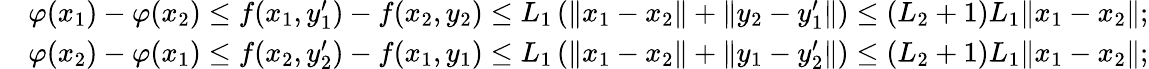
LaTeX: \begin{array}{rl}&{\varphi(x_{1})-\varphi(x_{2})\le f(x_{1},y_{1}^{\prime})-f(x_{2},y_{2})\le L_{1}\left(\| x_{1}-x_{2}\| +\| y_{2}-y_{1}^{\prime}\| \right)\le(L_{2}+1)L_{1}\Vert x_{1}-x_{2}\Vert;}\\ &{\varphi(x_{2})-\varphi(x_{1})\le f(x_{2},y_{2}^{\prime})-f(x_{1},y_{1})\le L_{1}\left(\| x_{1}-x_{2}\| +\| y_{1}-y_{2}^{\prime}\| \right)\le(L_{2}+1)L_{1}\Vert x_{1}-x_{2}\Vert;}\end{array}